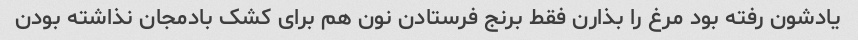
یادشون رفته بود مرغ را بذارن فقط برنج فرستادن نون هم برای کشک بادمجان نذاشته بودن